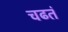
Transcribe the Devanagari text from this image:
चढतं